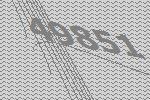
49851